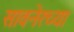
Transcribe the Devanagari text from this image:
सावनेरच्या